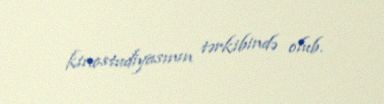
kinostudiyasının tərkibində olub.